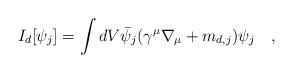
LaTeX: \begin{align*}I_{d}[\psi_j]= \int dV \bar{\psi}_{j}(\gamma^\mu\nabla_\mu+m_{d,j})\psi_j~~~,\end{align*}